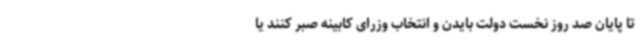
تا پایان صد روز نخست دولت بایدن و انتخاب وزرای کابینه صبر کنند یا